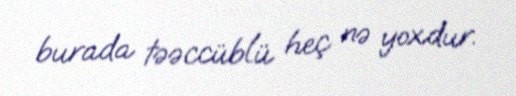
burada təəccüblü heç nə yoxdur.